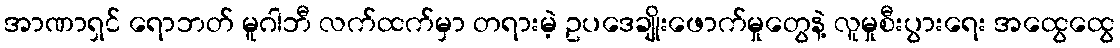
အာဏာရှင် ရောဘတ် မူဂါဘီ လက်ထက်မှာ တရားမဲ့ ဥပဒေချိုးဖောက်မှုတွေနဲ့ လူမှုစီးပွားရေး အထွေထွေ